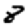
Digit: 8